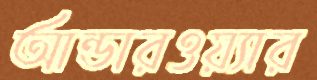
আন্ডারওয়্যার